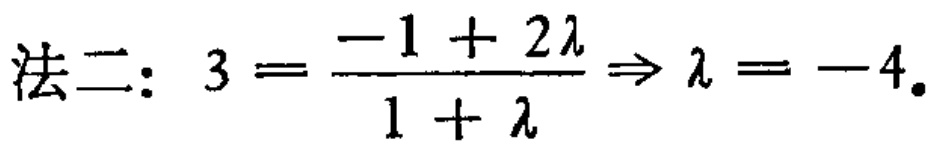
法二：$3 = \frac{-1 + 2\lambda}{1 + \lambda} \Rightarrow \lambda = -4.$